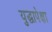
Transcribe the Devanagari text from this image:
युद्धापेक्षा